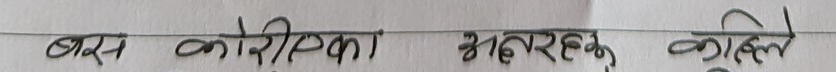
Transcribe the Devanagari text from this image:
बरस कोरिकका अबरहकू कहिले